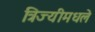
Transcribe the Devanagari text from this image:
त्रिज्यीमधले